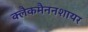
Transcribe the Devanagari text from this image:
क्लैकमैननशायर